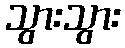
သွားသွား